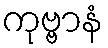
ကုဗ္ဗာနံ